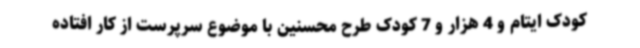
کودک ایتام و 4 هزار و 7 کودک طرح محسنین با موضوع سرپرست از کار افتاده